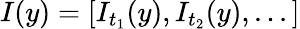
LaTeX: I(y)=[I_{t_{1}}(y),I_{t_{2}}(y),...]